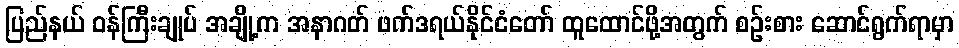
ပြည်နယ် ဝန်ကြီးချုပ် အချို့က အနာဂတ် ဖက်ဒရယ်နိုင်ငံတော် ထူထောင်ဖို့အတွက် စဉ်းစား ဆောင်ရွက်ရာမှာ